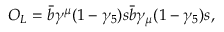
O _ { L } = \bar { b } \gamma ^ { \mu } ( 1 - \gamma _ { 5 } ) s \bar { b } \gamma _ { \mu } ( 1 - \gamma _ { 5 } ) s ,